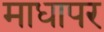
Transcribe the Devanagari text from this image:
माधापर